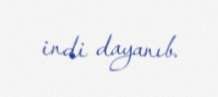
indi dayanıb.